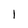
Character: l